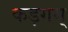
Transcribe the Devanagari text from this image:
कड़गम्‌